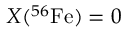
X ( ^ { 5 6 } \mathrm { F e } ) = 0